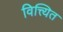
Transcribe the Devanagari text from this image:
वित्त्यित